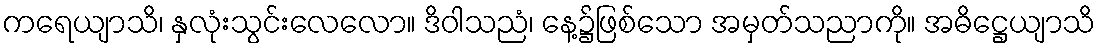
ကရေယျာသိ၊ နှလုံးသွင်းလေလော။ ဒိဝါသညံ၊ နေ့၌ဖြစ်သော အမှတ်သညာကို။ အဓိဋ္ဌေယျာသိ